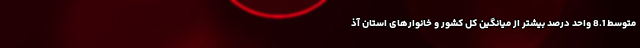
متوسط 8.1 واحد درصد بیشتر از میانگین کل کشور و خانوارهای استان آذ